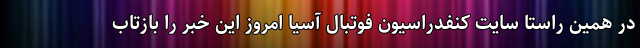
در همین راستا سایت کنفدراسیون فوتبال آسیا امروز این خبر را بازتاب